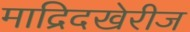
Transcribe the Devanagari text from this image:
माद्रिदखेरीज